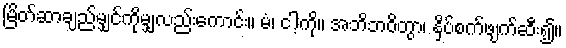
မြိတ်ဆာချည်မျှင်ကိုမျှလည်းကောင်း။ မံ၊ ငါ့ကို။ အဘိဘဝိတွာ၊ နှိပ်စက်ဖျက်ဆီး၍။